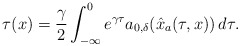
\begin{align*}\tau(x) = \dfrac{\gamma}{2} \int_{-\infty}^0 e^{\gamma\tau} a_{0,\delta}(\hat{x}_a(\tau,x))\,d\tau.\end{align*}